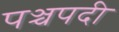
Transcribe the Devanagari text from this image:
पञ्चपदी